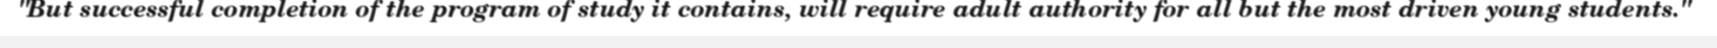
"But successful completion of the program of study it contains, will require adult authority for all but the most driven young students."